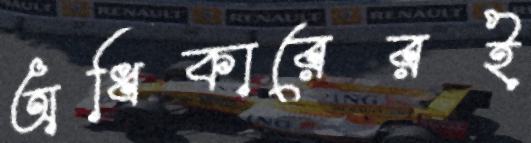
অধিকারেরই